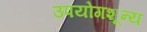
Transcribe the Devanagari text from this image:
उपयोगशून्य